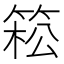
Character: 𥯆